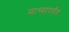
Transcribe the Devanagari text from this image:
माथ्यापर्यंत